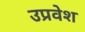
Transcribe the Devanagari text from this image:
उप्रवेश